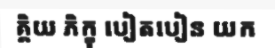
គ្គិយ ភិក្ខុ បៀតបៀន យក